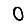
Digit: 0